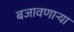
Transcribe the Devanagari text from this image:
बजावणार्‍या